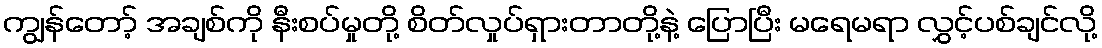
ကျွန်တော့် အချစ်ကို နီးစပ်မှုတို့ စိတ်လှုပ်ရှားတာတို့နဲ့ ပြောပြီး မရေမရာ လွှင့်ပစ်ချင်လို့